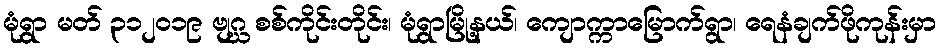
မုံရွာ မတ် ၃၁၂၀၁၉ ဗျဂ္ဃ စစ်ကိုင်းတိုင်း၊ မုံရွာမြို့နယ်၊ ကျောက္ကာမြောက်ရွာ၊ ရေနံချက်ဖိုကုန်းမှာ